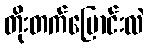
တိုးတက်ပြောင်းလဲ